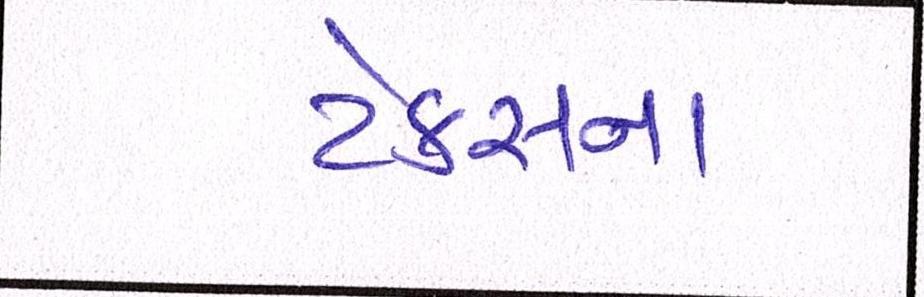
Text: ટેક્સના